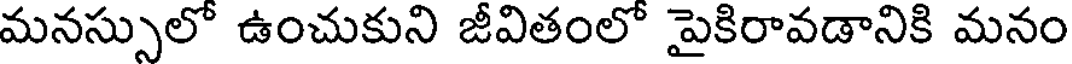
మనస్సులో ఉంచుకుని జీవితంలో పైకిరావడానికి మనం